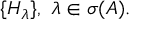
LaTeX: \{ H _ { \lambda } \} , \, \, \lambda \in \sigma ( A ) .